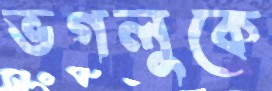
ভগলুকে